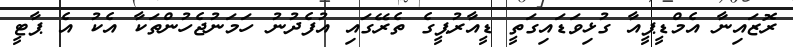
ރޮޒައިނާ އެމްޑީޕީއާ ގުޅިވަޑައިގަތީ ޑީއާރުޕީގެ ތެރޭގައި އުފެދުނު ހަމަނުޖެހުންތަކާ އެކު އެ ޕާޓީ